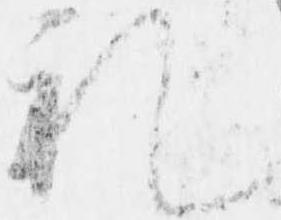
礼